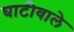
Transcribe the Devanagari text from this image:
घाटीवाले